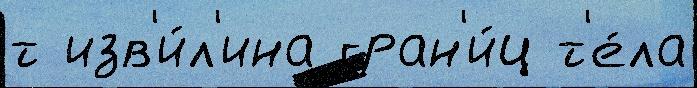
т изв'и́л'ина гран'и́ц т'е́ла